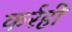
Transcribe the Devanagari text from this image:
कर्रही